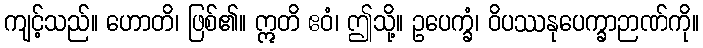
ကျင့်သည်။ ဟောတိ၊ ဖြစ်၏။ ဣတိ ဧဝံ၊ ဤသို့။ ဥပေက္ခံ၊ ဝိပဿနုပေက္ခာဉာဏ်ကို။